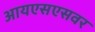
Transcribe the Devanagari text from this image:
आयएसएसवर